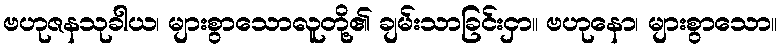
ဗဟုဇနသုခါယ၊ များစွာသောလူတို့၏ ချမ်းသာခြင်းငှာ။ ဗဟုနော၊ များစွာသော။